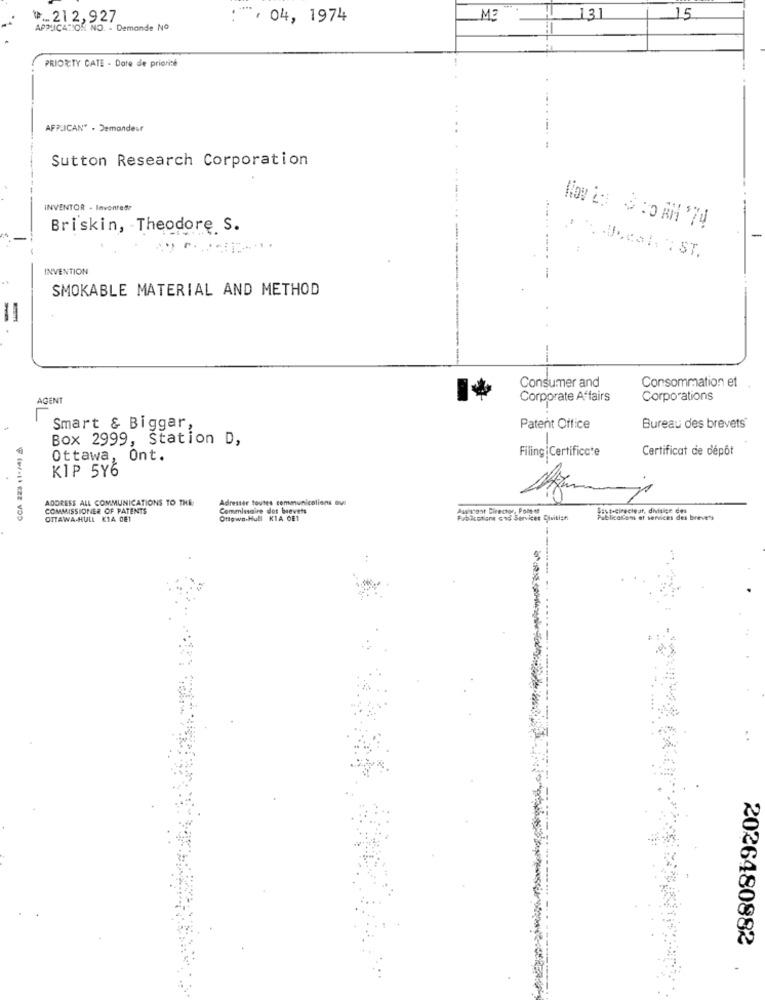
₩ .. 212,927
: , 04, 1974
ME
131
15
APPLICATION NO. - Demande No
PRIORITY CATE - Date de priorité
AFRICAN" - Demandeur
--. -
Sutton Research Corporation
INVENTOR - Invontade
Briskin, Theodore S.
INVENTION
....---- -
SMOKABLE MATERIAL AND METHOD
-
Consumer and
Consommation et
AGENT
Corporate Affairs
Corporations
Smart & Biggar,
Patent Office
Bureau des brevets
Box 2999, Station D,
Filing:Certificate
Certificat de dépôt
Ottawa, Ont.
KIP 5Y6
ADDRESS ALL COMMUNICATIONS TO THE
Adresser toutes communications ous
COMMISSIONER OF PATENTS
Commissaire dos brevets
Assistant Director, Polt-of
Sevt-cirecteur, divisige dos
OTTAWA-HULL KIA DET
Oftown.Hull KIA OE1
Publications and Services Division
PublicarCon et services des brevets
2026480882